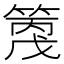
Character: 𥱗